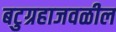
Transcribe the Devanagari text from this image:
बटुग्रहाजवळील